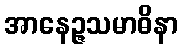
အာနေဉ္ဇသမာဓိနာ